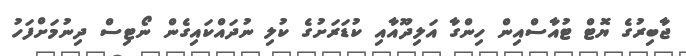
ޖާބިރުގެ ޔޮޓް ޓުއާސްއިން ހިންގާ އަލިދޫއާއި ކުޑަރަށުގެ ކުލި ނުދައްކައިގެން ނޯޓިސް ދިނުމަށްފަހު